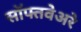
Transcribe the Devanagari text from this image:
सॉफ्तवेअरे